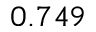
0 . 7 4 9